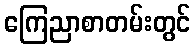
ကြေညာစာတမ်းတွင်